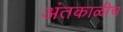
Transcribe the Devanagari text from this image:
अंतकाळीच